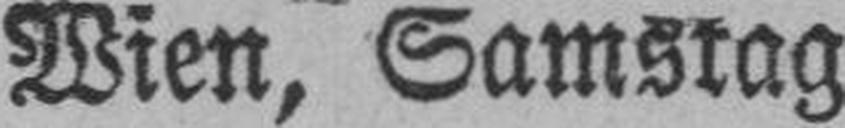
Wien, Samstag